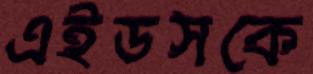
এইডসকে